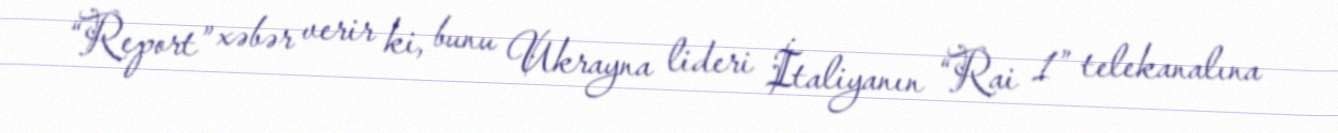
“Report” xəbər verir ki, bunu Ukrayna lideri İtaliyanın “Rai 1” telekanalına